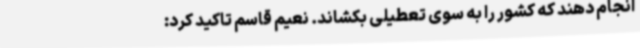
انجام دهند که کشور را به سوی تعطیلی بکشاند. نعیم قاسم تاکید کرد: